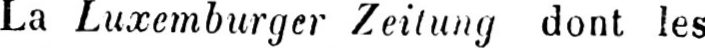
La Luxemburger Zeitung dont les